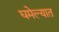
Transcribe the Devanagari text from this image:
घमेल्यात